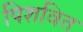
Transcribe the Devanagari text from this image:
पिशवित